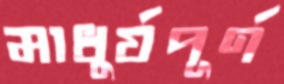
মাধুর্যপূর্ণ